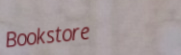
Bookstore